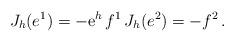
LaTeX: \begin{align*}J_{h}(e^1)=-{\rm e}^h\,f^1\,J_{h}(e^2)=-f^2\,. \end{align*}